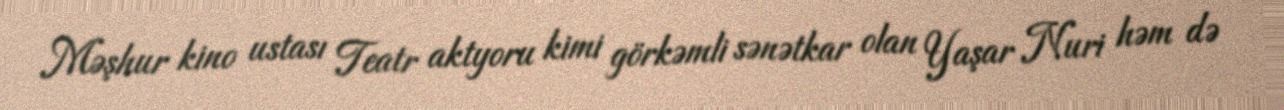
Məşhur kino ustası Teatr aktyoru kimi görkəmli sənətkar olan Yaşar Nuri həm də